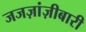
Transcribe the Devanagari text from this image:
जजज़ांज़ीबारी